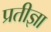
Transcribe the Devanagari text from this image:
प्रतीज्ञा